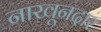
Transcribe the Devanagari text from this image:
नाखूनदार